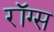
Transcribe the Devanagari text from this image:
रॉग्स